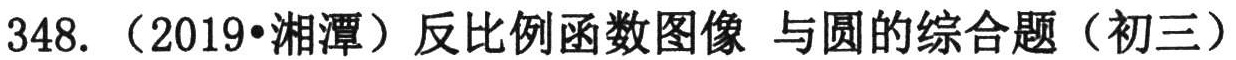
348.（2019•湘潭）反比例函数图像 与圆的综合题（初三）